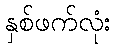
နှစ်ဖက်လုံး